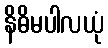
နိဓိမပါလယုံ